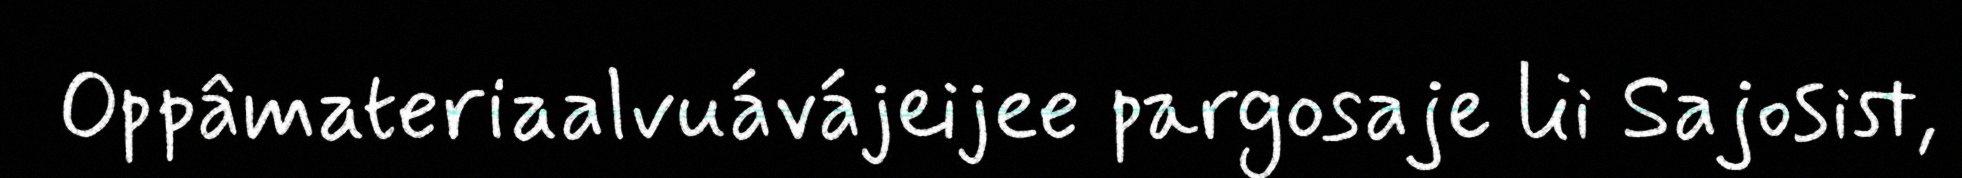
Oppâmateriaalvuávájeijee pargosaje lii Sajosist,